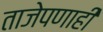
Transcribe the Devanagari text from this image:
ताजेपणाही